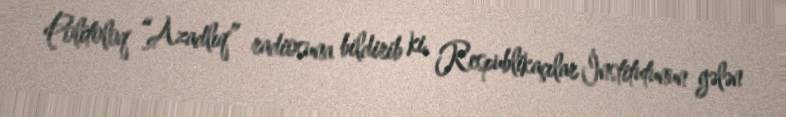
Politoloq “Azadlıq” radiosuna bildirib ki, Respublikaçılar İnstitutunun gələn